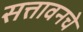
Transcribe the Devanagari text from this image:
सत्तावनचे